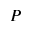
P